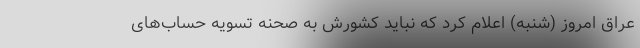
عراق امروز (شنبه) اعلام کرد که نباید کشورش به صحنه تسویه حساب‌های